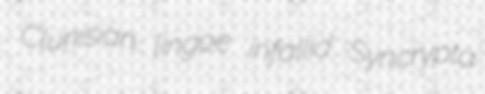
Clunisian lingoe infallid Syncrypta